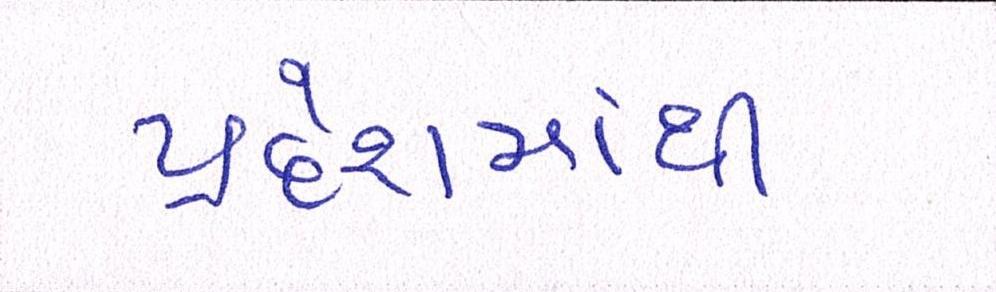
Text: પ્રદેશમાંની